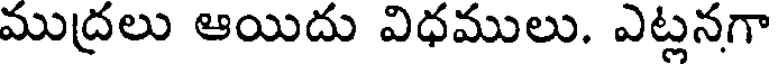
ముద్రలు ఆయిదు విధములు. ఎట్లనగా